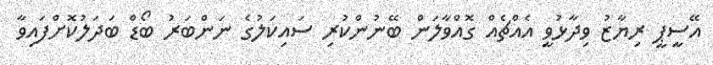
އޭސީޕީ ރިޔާޒު ވިދާޅުވީ އެއްޗެއް ގޮއްވާލަން ބޭނުންކުރި ސައިކަލުގެ ނަންބަރު ބޯޑް ބަދަލުކޮށްފައިވާ